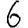
Digit: 6